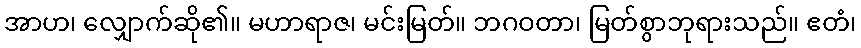
အာဟ၊ လျှောက်ဆို၏။ မဟာရာဇ၊ မင်းမြတ်။ ဘဂဝတာ၊ မြတ်စွာဘုရားသည်။ ဧတံ၊